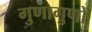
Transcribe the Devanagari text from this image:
गुणागुणों